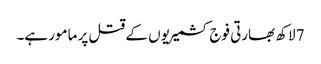
7 لاکھ بھارتی فوج کشمیریوں کے قتل پر مامور ہے۔